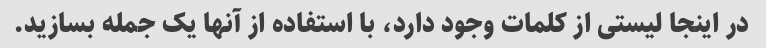
در اینجا لیستی از کلمات وجود دارد، با استفاده از آنها یک جمله بسازید.